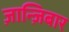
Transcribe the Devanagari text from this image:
ज़ान्ज़िबार